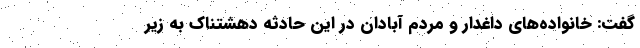
گفت: خانواده‌های داغدار و مردم آبادان در این حادثه دهشتناک به زیر